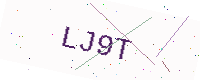
Text: LJ9T